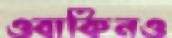
ওবাকিনও